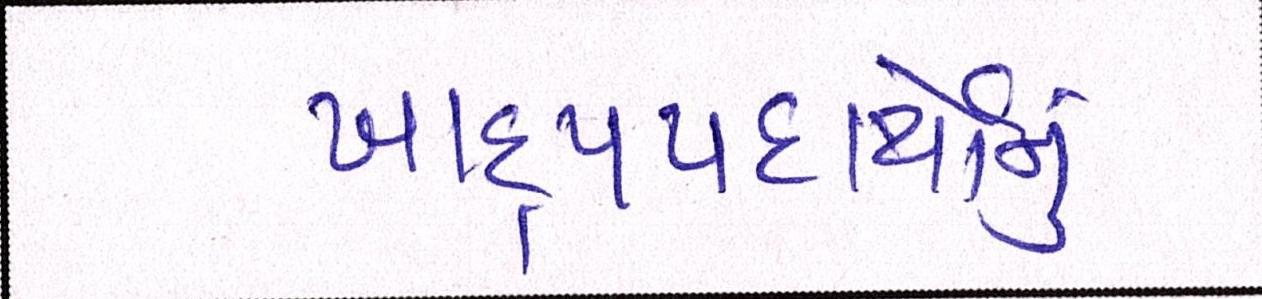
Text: ખાદ્યપદાર્થોનું